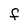
Character: f